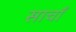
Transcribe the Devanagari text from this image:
साचाँ